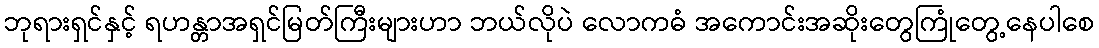
ဘုရားရှင်နှင့် ရဟန္တာအရှင်မြတ်ကြီးများဟာ ဘယ်လိုပဲ လောကဓံ အကောင်းအဆိုးတွေကြုံတွေ့နေပါစေ